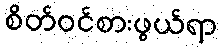
စိတ်ဝင်စားဖွယ်ရာ